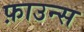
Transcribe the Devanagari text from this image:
फ़ाउन्स